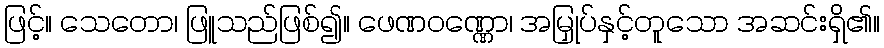
ဖြင့်။ သေတော၊ ဖြူသည်ဖြစ်၍။ ဖေဏဝဏ္ဏော၊ အမြှုပ်နှင့်တူသော အဆင်းရှိ၏။